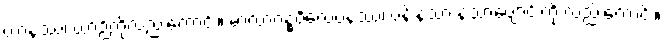
ယာနဿ၊ ယာဉ်ကိုလည်းကောင်း။ မာလာဂန္ဓဝိလေပနဿ၊ ပန်းနံ့သာ နံ့သာပျောင်းကို လည်းကောင်း။